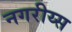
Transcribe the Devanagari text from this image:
नगरीय्स